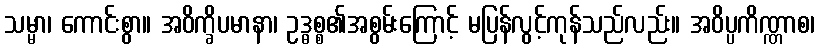
သမ္မာ၊ ကောင်းစွာ။ အဝိက္ခိပမာနာ၊ ဥဒ္ဓစ္စ၏အစွမ်းကြောင့် မပြန်လွင့်ကုန်သည်လည်း။ အဝိပ္ပကိဏ္ဏာစ၊